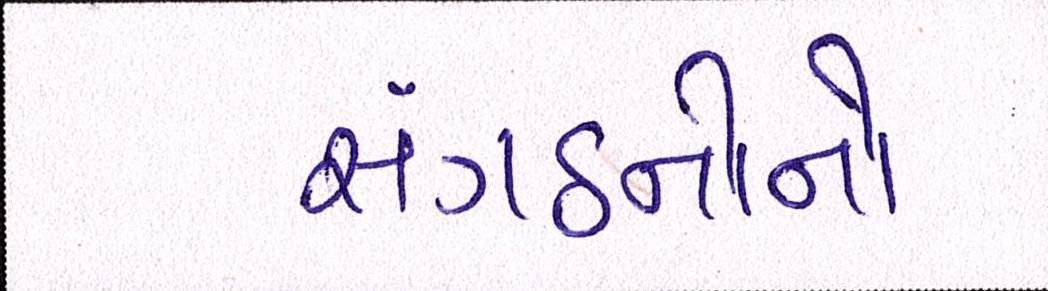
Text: સંગઠનોનો